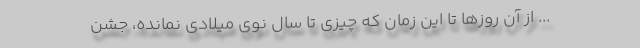
... از آن روزها تا این زمان که چیزی تا سال نوی میلادی نمانده، جشن